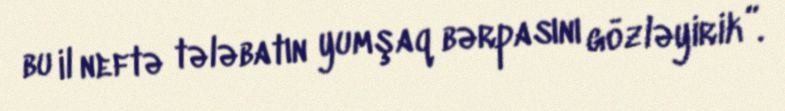
bu il neftə tələbatın yumşaq bərpasını gözləyirik”.